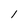
Character: 1